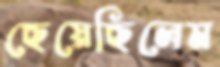
ছেয়েছিলেম